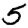
Digit: 5